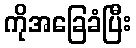
ကိုအခြေခံပြီး